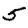
Digit: 5